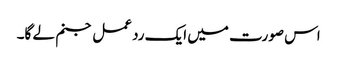
اس صورت میں ایک رد عمل جنم لے گا۔